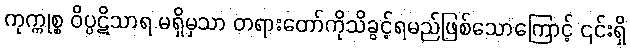
ကုက္ကုစ္စ ဝိပ္ပဋိသာရ မရှိမှသာ တရားတော်ကိုသိခွင့်ရမည်ဖြစ်သောကြောင့် ၎င်းရှိ